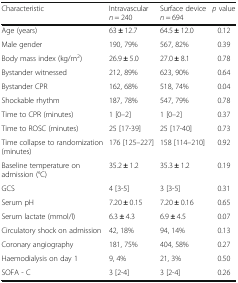
<table><thead><tr><td><b>Characteristic</b></td><td><b>Intravascular <i>n</i> = 240</b></td><td><b>Surface device <i>n</i> = 694</b></td><td><b><i>p</i> value</b></td></tr></thead><tbody><tr><td>Age (years)</td><td>63 <b>±</b> 12.7</td><td>64.5 <b>±</b> 12.0</td><td>0.12</td></tr><tr><td>Male gender</td><td>190, 79%</td><td>567, 82%</td><td>0.39</td></tr><tr><td>Body mass index (kg/m<sup>2</sup>)</td><td>26.9 <b>±</b> 5.0</td><td>27.0 <b>±</b> 8.1</td><td>0.78</td></tr><tr><td>Bystander witnessed</td><td>212, 89%</td><td>623, 90%</td><td>0.64</td></tr><tr><td>Bystander CPR</td><td>162, 68%</td><td>518, 74%</td><td>0.04</td></tr><tr><td>Shockable rhythm</td><td>187, 78%</td><td>547, 79%</td><td>0.78</td></tr><tr><td>Time to CPR (minutes)</td><td>1 [0–2]</td><td>1 [0–2]</td><td>0.37</td></tr><tr><td>Time to ROSC (minutes)</td><td>25 [17-39]</td><td>25 [17-40]</td><td>0.73</td></tr><tr><td>Time collapse to randomization (minutes)</td><td>176 [125–227]</td><td>158 [114–210]</td><td>0.92</td></tr><tr><td>Baseline temperature on admission (°C)</td><td>35.2 <b>±</b> 1.2</td><td>35.3 <b>±</b> 1.2</td><td>0.19</td></tr><tr><td>GCS</td><td>4 [3-5]</td><td>3 [3-5]</td><td>0.31</td></tr><tr><td>Serum pH</td><td>7.20 <b>±</b> 0.15</td><td>7.20 <b>±</b> 0.16</td><td>0.65</td></tr><tr><td>Serum lactate (mmol/l)</td><td>6.3 <b>±</b> 4.3</td><td>6.9 <b>±</b> 4.5</td><td>0.07</td></tr><tr><td>Circulatory shock on admission</td><td>42, 18%</td><td>94, 14%</td><td>0.13</td></tr><tr><td>Coronary angiography</td><td>181, 75%</td><td>404, 58%</td><td>0.27</td></tr><tr><td>Haemodialysis on day 1</td><td>9, 4%</td><td>21, 3%</td><td>0.50</td></tr><tr><td>SOFA - C</td><td>3 [2-4]</td><td>3 [2-4]</td><td>0.26</td></tr></tbody></table>